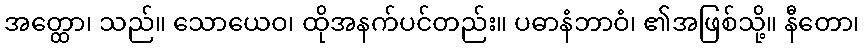
အတ္ထော၊ သည်။ သောယေဝ၊ ထိုအနက်ပင်တည်း။ ပဓာနံဘာဝံ၊ ၏အဖြစ်သို့။ နီတော၊